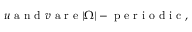
u \mathrm { ~ a ~ n ~ d ~ } v \mathrm { ~ a ~ r ~ e ~ } | \Omega | - \mathrm { ~ p ~ e ~ r ~ i ~ o ~ d ~ i ~ c ~ } ,